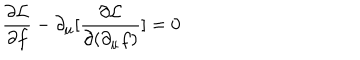
\frac { \partial { \cal L } } { \partial f } - \partial _ { \mu } [ \frac { \partial { \cal L } } { \partial ( \partial _ { \mu } f ) } ] = 0